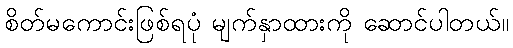
စိတ်မကောင်းဖြစ်ရပုံ မျက်နှာထားကို ဆောင်ပါတယ်။